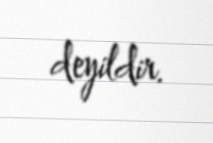
deyildir.